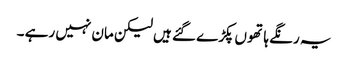
یہ رنگے ہاتھو ں پکڑے گئے ہیں لیکن مان نہیں رہے ۔